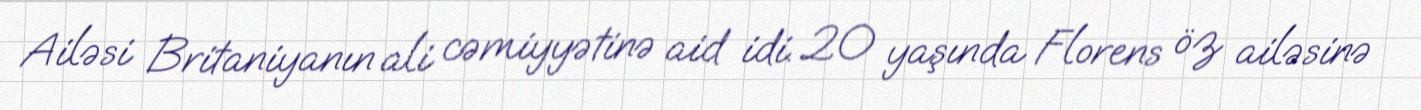
Ailəsi Britaniyanın ali cəmiyyətinə aid idi. 20 yaşında Florens öz ailəsinə